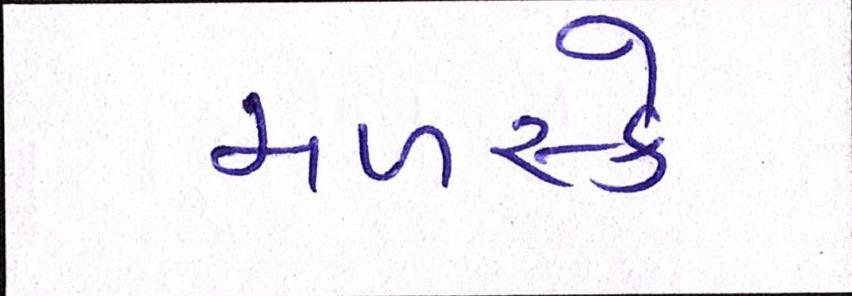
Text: મળસ્કે